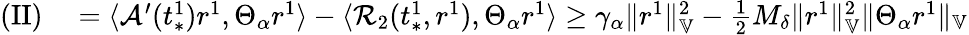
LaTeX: \begin{array}{rl}{\mathrm{(II)}}&{{}=\langle\mathcal{A}^{\prime}(t_{*}^{1})r^{1},\Theta_{\alpha}r^{1}\rangle-\langle\mathcal{R}_{2}(t_{*}^{1},r^{1}),\Theta_{\alpha}r^{1}\rangle\ge\gamma_{\alpha}\| r^{1}\| _{\mathbb{V}}^{2}-\frac{1}{2}M_{\delta}\| r^{1}\| _{\mathbb{V}}^{2}\| \Theta_{\alpha}r^{1}\| _{\mathbb{V}}}\end{array}